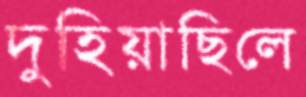
দুহিয়াছিলে